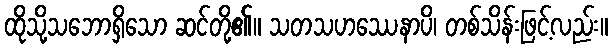
ထိုသို့သဘောရှိသော ဆင်တို့၏။ သတသဟဿေနာပိ၊ တစ်သိန်းဖြင့်လည်း။